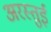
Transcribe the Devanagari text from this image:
अरस्तुई